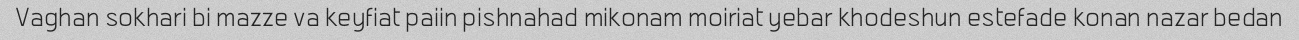
Vaghan sokhari bi mazze va keyfiat paiin pishnahad mikonam moiriat yebar khodeshun estefade konan nazar bedan